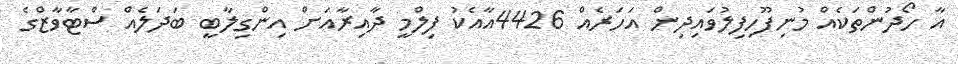
އާ ހޯދުންތަކެއް މުނިފޫހިފިލުވައިދިން އަހަރެއް 4426އާއެކު ފިލްމީ ދާއިރާއަށް އިންގިލާބީ ބަދަލެއް ސްޓާވާޒްގެ